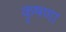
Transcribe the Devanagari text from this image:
कृषणा